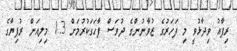
ރިފާއު ވިދާޅުވީ މި ފަހަރުގެ ޒުވާނުންގެ ދުވަސް ފާހަގަކުރުމަށް 1.3 މިލިއަން ރުފިޔާގެ